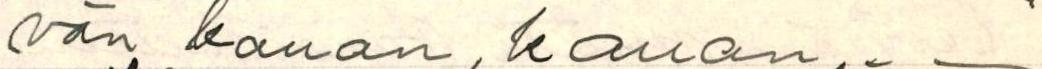
vän kauan, kauan.__